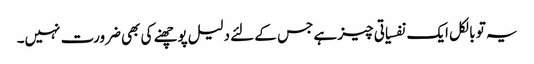
یہ تو بالکل ایک نفسیاتی چیز ہے جس کے لئے دلیل پوچھنے کی بھی ضرورت نہیں۔